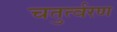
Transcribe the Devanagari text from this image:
चतुर्त्वरण